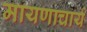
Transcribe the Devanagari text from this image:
मायणाचार्य